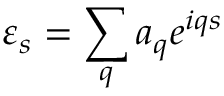
\varepsilon _ { s } = \sum _ { q } a _ { q } e ^ { i q s }